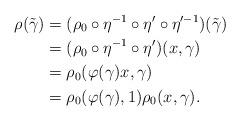
LaTeX: \begin{align*}\rho(\tilde{\gamma}) &= (\rho_0\circ\eta^{-1}\circ\eta'\circ\eta'^{-1})(\tilde{\gamma}) \\&= (\rho_0\circ\eta^{-1}\circ\eta')(x,\gamma) \\&= \rho_0(\varphi(\gamma)x,\gamma) \\&= \rho_0(\varphi(\gamma),1)\rho_0(x,\gamma).\end{align*}